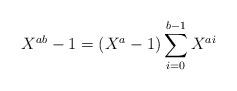
LaTeX: \begin{align*}X^{ab} - 1 = (X^{a}-1)\sum_{i=0}^{b-1}X^{ai}\end{align*}